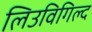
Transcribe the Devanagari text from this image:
लिउविगिल्द